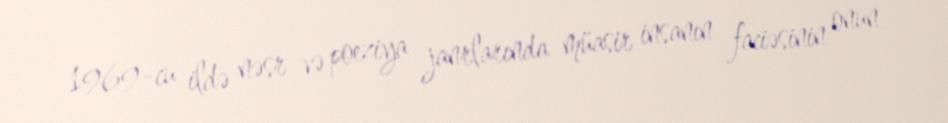
1969-cu ildə nəsr və poeziya janrlarında müasir insanın faciəsinin onun